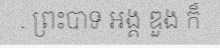
. ព្រះបាទ អង្គ ឌួង ក៏